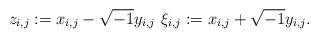
LaTeX: \begin{align*}z_{i,j}:=x_{i,j}-\sqrt{-1}y_{i,j}\,\,\xi_{i,j}:=x_{i,j}+\sqrt{-1}y_{i,j}.\end{align*}